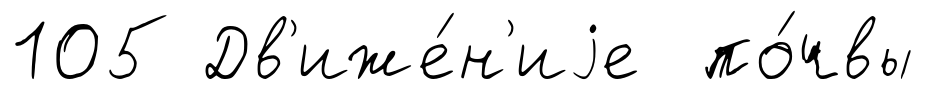
105 Дв'иже́н'иjе по́чвы